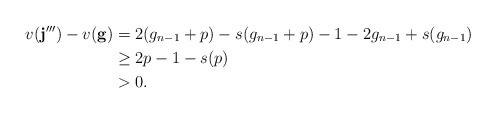
LaTeX: \begin{align*} v(\mathbf{j}''') - v(\mathbf{g}) &= 2(g_{n-1} + p) - s(g_{n-1} + p) - 1 - 2g_{n-1} + s(g_{n-1}) \\ &\geq 2p - 1 - s(p) \\ &> 0. \end{align*}